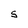
Character: S